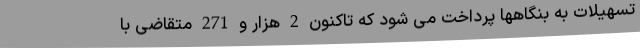
تسهیلات به بنگاهها پرداخت می شود که تاکنون 2 هزار و 271 متقاضی با